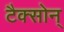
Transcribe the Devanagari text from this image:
टैक्सोन्